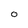
Character: O